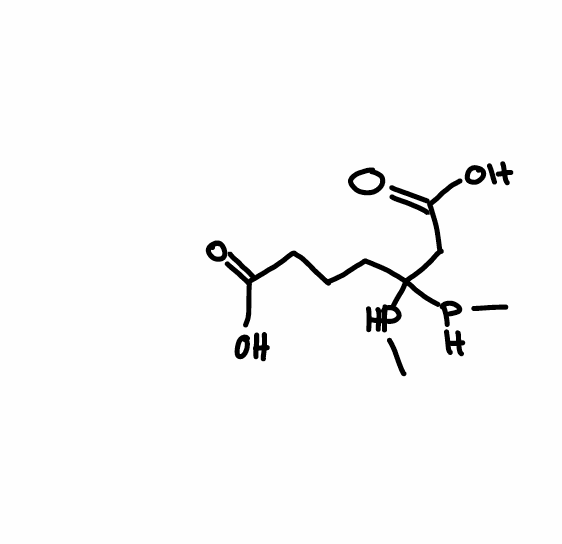
Simplified molecular-input line-entry system (SMILES) notation of the given molecule:
CPC(CCCC(=O)O)(CC(=O)O)PC